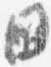
国